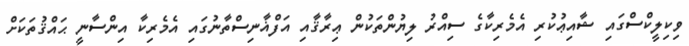
ވިކިލީކްސްގައި ޝާއިޢުކުރި އެމެރިކާގެ ސިއްރު ލިޔުންތަކުން ޢިރާޤާއި އަފްޣާނިސްތާނުގައި އެމެރިކާ އިންސާނީ ޙައްޤުތަކަށް